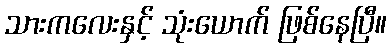
သားကလေးနှင့် သုံးယောက် ဖြစ်နေပြီ။